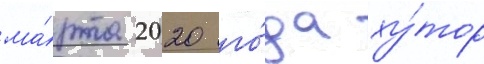
ма́рта 2020 го́да ху́тор